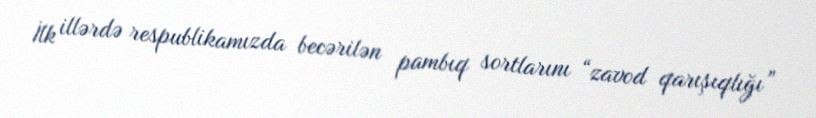
İlk illərdə respublikamızda becərilən pambıq sortlarını “zavod qarışıqlığı”